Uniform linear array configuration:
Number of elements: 4
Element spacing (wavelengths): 0.5
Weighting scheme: cosine
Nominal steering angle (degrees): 0
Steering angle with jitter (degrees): -0.1567
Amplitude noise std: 0.05
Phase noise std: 0.05

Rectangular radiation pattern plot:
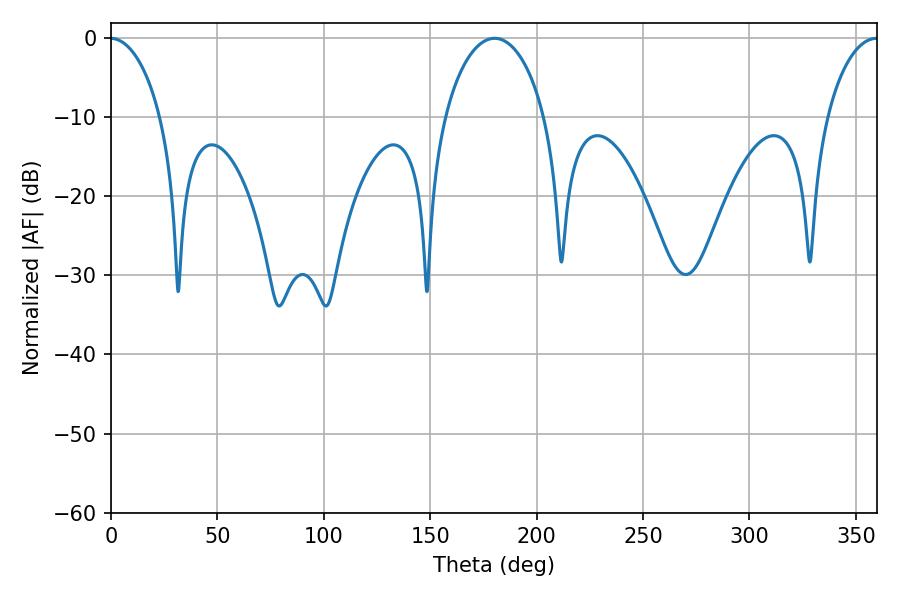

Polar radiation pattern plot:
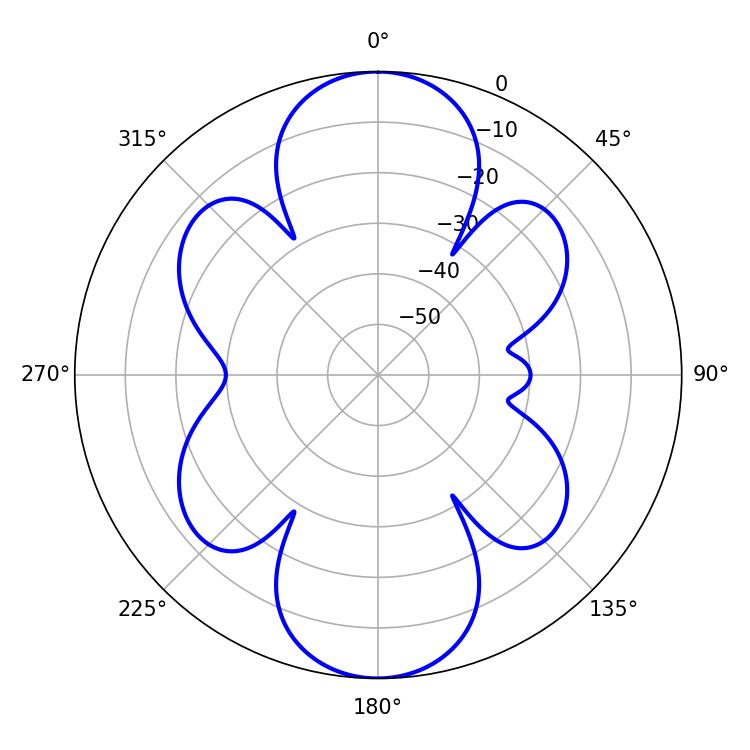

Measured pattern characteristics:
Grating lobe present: FALSE
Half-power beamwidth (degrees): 27
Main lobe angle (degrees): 180.18